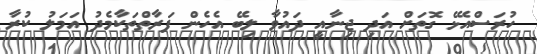
ހުރަސްއެޅޭ ގޮތަށް އަދި ޖިނާއީ ދައުވާ ލިބޭ އެހެން ފަރާތްތަކާމެދު އަމަލު ކުރާ